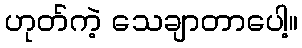
ဟုတ်ကဲ့ သေချာတာပေါ့။